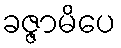
ခဇ္ဇာမိပေ